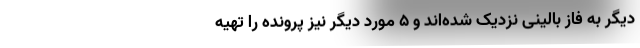
دیگر به فاز بالینی نزدیک شده‌اند و ۵ مورد دیگر نیز پرونده را تهیه